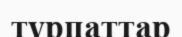
тұрпаттар